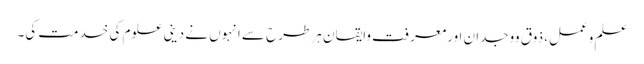
علم وعمل، ذوق ووجدان اورمعرفت وایقان ہر طرح سے انہوں نے دینی علوم کی خدمت کی۔